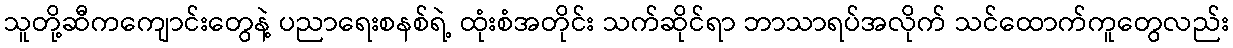
သူတို့ဆီကကျောင်းတွေနဲ့ ပညာရေးစနစ်ရဲ့ ထုံးစံအတိုင်း သက်ဆိုင်ရာ ဘာသာရပ်အလိုက် သင်ထောက်ကူတွေလည်း